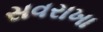
સવરાખા